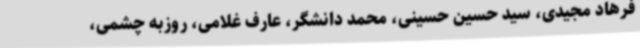
فرهاد مجیدی، سید حسین حسینی، محمد دانشگر، عارف غلامی، روزبه چشمی،